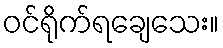
ဝင်ရိုက်ရချေသေး။